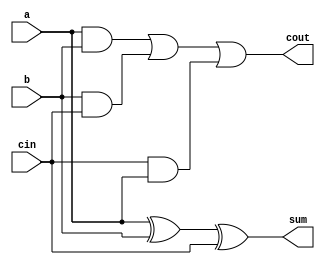
`timescale 1ns / 1ps
//////////////////////////////////////////////////////////////////////////////////
// Company: 
// Engineer: 
// 
// Design Name: 
// Module Name:    full_adder 
// Project Name: 
// Target Devices: 
// Tool versions: 
// Description: 
//
// Dependencies: 
//
// Revision: 
// Revision 0.01 - File Created
// Additional Comments: 
//
//////////////////////////////////////////////////////////////////////////////////
module full_adder(a, b, cin, sum, cout);
    input a;
    input b;
    input cin;
    output sum;
    output cout;
    wire sum;
    wire cout;
   
    assign sum = a^b^cin;
    assign cout =  (a & b) | (b & cin) | (cin & a);
endmodule